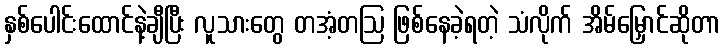
နှစ်ပေါင်းထောင်နဲ့ချီပြီး လူသားတွေ တအံ့တဩ ဖြစ်နေခဲ့ရတဲ့ သံလိုက် အိမ်မြှောင်ဆိုတာ